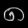
Digit: ၈